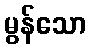
မွန်သော